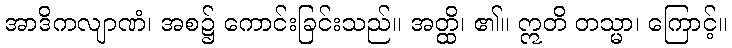
အာဒိကလျာဏံ၊ အစ၌ ကောင်းခြင်းသည်။ အတ္ထိ၊ ၏။ ဣတိ တသ္မာ၊ ကြောင့်။